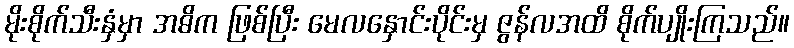
မိုးစိုက်သီးနှံမှာ အဓိက ဖြစ်ပြီး မေလနှောင်းပိုင်းမှ ဇွန်လအထိ စိုက်ပျိုးကြသည်။